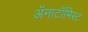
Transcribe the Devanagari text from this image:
अॅनाटॉमिस्ट